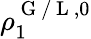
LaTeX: \rho_{1}^{\mathrm{~G~/~L~},0}